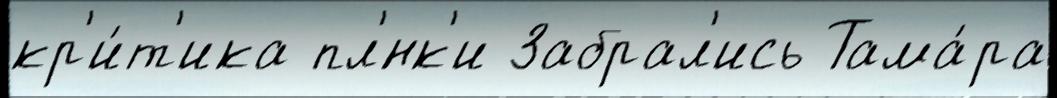
кр'и́т'ика пл'́нк'и Забрал'ись Тама́ра